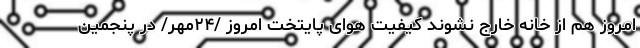
امروز هم از خانه خارج نشوند کیفیت هوای پایتخت امروز /۲۴مهر/ در پنجمین